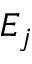
E _ { j }